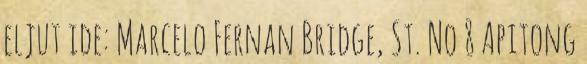
eljut ide: Marcelo Fernan Bridge, St. No 8 Apitong